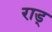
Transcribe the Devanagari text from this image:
राड्